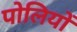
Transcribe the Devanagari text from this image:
पोलियों